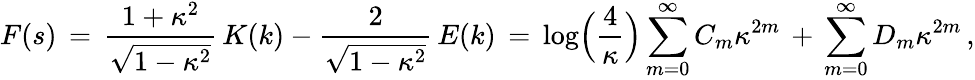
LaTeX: F(s)\, =\, \frac{1+\kappa^{2}}{\sqrt{1-\kappa^{2}}}\, K(k)-\frac{2}{\sqrt{1-\kappa^{2}}}\, E(k)\, =\, \log\Bigl(\frac{4}{\kappa}\Bigr)\sum_{m=0}^{\infty}C_{m}\kappa^{2m}\, +\, \sum_{m=0}^{\infty}D_{m}\kappa^{2m}\, ,